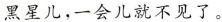
黑星儿，一会儿就不见了。